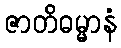
ဇာတိဓမ္မာနံ